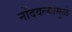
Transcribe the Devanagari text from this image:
नोंदवल्यामुळे